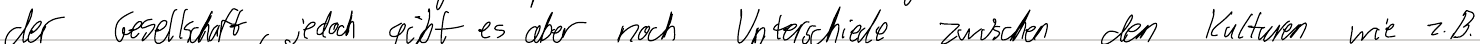
der Gesellschaft, jedoch gibt es aber noch Unterschiede zwischen den Kulturen wie z.B.